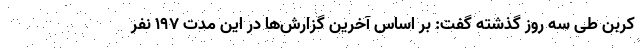
کربن طی سه روز گذشته گفت: بر اساس آخرین گزارش‌ها در این مدت ١٩٧ نفر